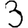
Digit: 3